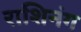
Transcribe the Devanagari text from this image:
राशिनंग